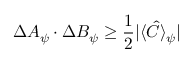
\Delta A _ { \psi } \cdot \Delta B _ { \psi } \geq \frac { 1 } { 2 } | \langle \hat { C } \rangle _ { \psi } |